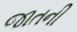
જાતની